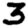
Digit: 3